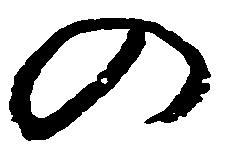
の